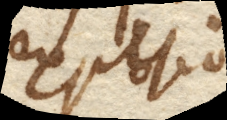
explosio.